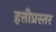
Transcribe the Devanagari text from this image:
हत्तीप्रस्तर